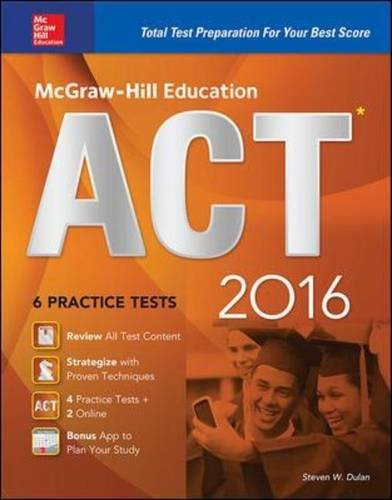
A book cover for McGraw-Hill Education ACT 2016: Strategies + 6 Practice Tests + 12 Videos + Test Planner App; Steven Dulan; Test Preparation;